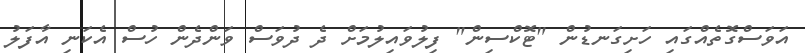
އަވަސްގޮތެއްގައި ހަށިގަނޑުން "ޓޮކްސިން" ފިލުވައިލުމަށް ދެ ދުވަސް ވަންދެން ހުސް އެކަނި އާފަލު